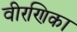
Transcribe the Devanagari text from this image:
वीरणिका